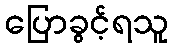
ပြောခွင့်ရသူ